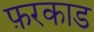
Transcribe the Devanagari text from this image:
फ़रकाड